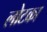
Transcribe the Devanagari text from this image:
लोटका